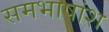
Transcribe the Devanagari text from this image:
समभाषांश